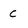
Character: c